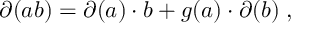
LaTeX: \partial ( a b ) = \partial ( a ) \cdot b + g ( a ) \cdot \partial ( b ) \; ,